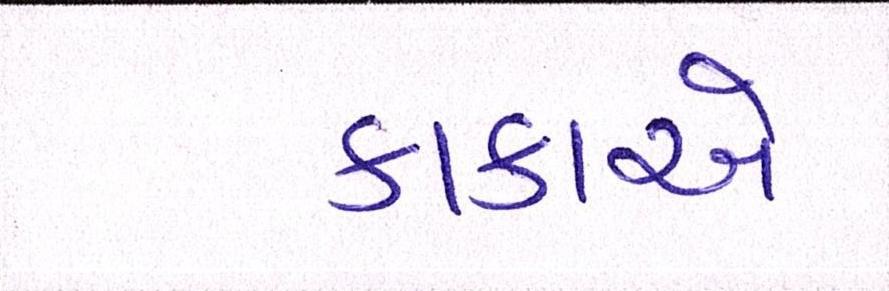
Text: કાકાએ